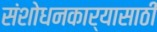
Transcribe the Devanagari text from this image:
संशोधनकार्यासाठी